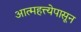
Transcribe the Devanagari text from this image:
आत्महत्त्येपासून